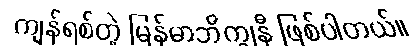
ကျန်ရစ်တဲ့ မြန်မာဘိက္ခုနီ ဖြစ်ပါတယ်။